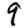
Digit: 9